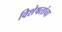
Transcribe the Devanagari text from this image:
विशेषतांचा